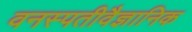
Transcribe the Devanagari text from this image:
वनस्पतीवैज्ञानिक